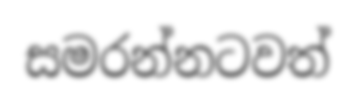
සමරන්නටවත්